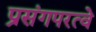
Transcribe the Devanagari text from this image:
प्रसंगपरत्वे